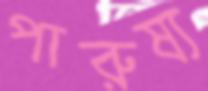
পারুষ্য